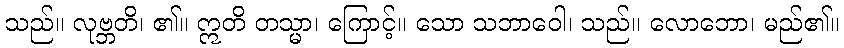
သည်။ လုဗ္ဘတိ၊ ၏။ ဣတိ တသ္မာ၊ ကြောင့်။ သော သဘာဝေါ၊ သည်။ လောဘော၊ မည်၏။